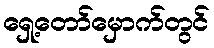
ရှေ့တော်မှောက်တွင်